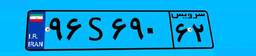
۴۱S۵۲۴۹۰